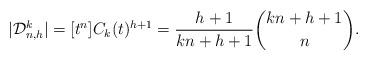
LaTeX: \begin{align*}\vert \mathcal{D}_{n,h}^k \vert = [t^n] C_k(t)^{h+1} = \frac{h+1}{kn+h+1} \binom{kn+h+1}{n}.\end{align*}